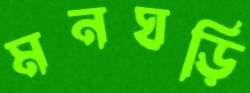
মনঘড়ি